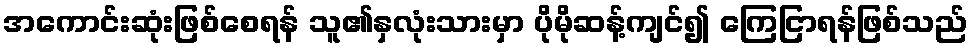
အကောင်းဆုံးဖြစ်စေရန် သူ၏နှလုံးသားမှာ ပိုမိုဆန့်ကျင်၍ ကြေငြာရန်ဖြစ်သည်